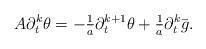
LaTeX: \begin{align*}A \partial_{t}^{k} \theta = -\tfrac{1}{a} \partial_{t}^{k + 1} \theta + \tfrac{1}{a} \partial_{t}^{k} \bar{g}.\end{align*}